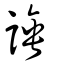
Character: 諈